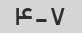
۴-۷